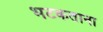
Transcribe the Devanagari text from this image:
भटकताना